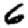
Digit: 6